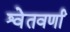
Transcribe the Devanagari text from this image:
श्वेतवर्णां